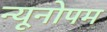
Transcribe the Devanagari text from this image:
न्यूनोपम